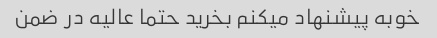
خوبه پیشنهاد میکنم بخرید حتما عالیه در ضمن